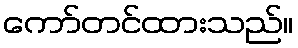
ကော်တင်ထားသည်။